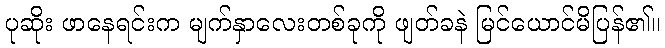
ပုဆိုး ဖာနေရင်းက မျက်နှာလေးတစ်ခုကို ဖျတ်ခနဲ မြင်ယောင်မိပြန်၏။